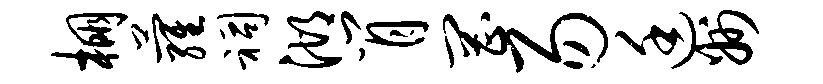
棚萝祠湖肖罔易廷州